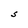
Character: S